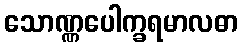
သောဏ္ဏပေါက္ခရမာလဓာ